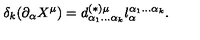
\delta _ { k } ( \partial _ { \alpha } X ^ { \mu } ) = d _ { \alpha _ { 1 } \ldots \alpha _ { k } } ^ { ( \ast ) \mu } l _ { \alpha } ^ { \alpha _ { 1 } \ldots \alpha _ { k } } .